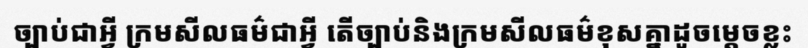
ច្បាប់ជាអ្វី ក្រមសីលធម៌ជាអ្វី តើច្បាប់និងក្រមសីលធម៌ខុសគ្នាដូចម្តេចខ្លះ